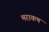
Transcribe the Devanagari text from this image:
मराकष